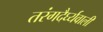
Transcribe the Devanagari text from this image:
तरंगदैर्घ्यवाली